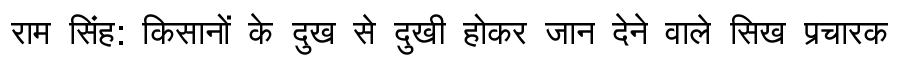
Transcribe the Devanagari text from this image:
राम सिंह: किसानों के दुख से दुखी होकर जान देने वाले सिख प्रचारक